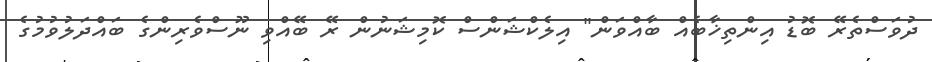
ދުވަސްތެރޭ ބޮޑު އިންތިޚާބެއް ބާއްވަން" އިލެކްޝަންސް ކޮމިޝަނުން ރޭ ބޭއްވި ނޫސްވެރިންގެ ބައްދަލުވުމުގެ